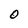
Character: O